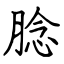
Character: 腍